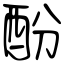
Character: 酚